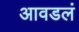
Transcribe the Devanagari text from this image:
आवडलं